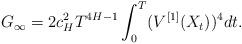
LaTeX: \begin{align*} G_\infty =2 c_H^2 T ^{4H-1}\int^T_0 (V^{[1]}(X_{t}))^4 dt.\end{align*}